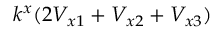
k ^ { x } ( 2 V _ { x 1 } + V _ { x 2 } + V _ { x 3 } )